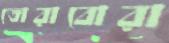
তোরাবোরা